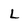
Character: L